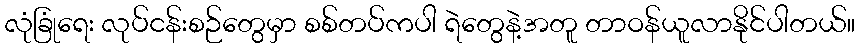
လုံခြုံရေး လုပ်ငန်းစဉ်တွေမှာ စစ်တပ်ကပါ ရဲတွေနဲ့အတူ တာဝန်ယူလာနိုင်ပါတယ်။